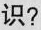
识?